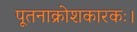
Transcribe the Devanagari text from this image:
पूतनाक्रोशकारकः।